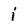
Character: i